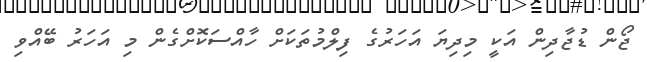
ޖޯން ޑުޖާދިން އަކީ މިދިޔަ އަހަރުގެ ފިލްމުތަކަށް ހާއްސަކޮށްގެން މި އަހަރު ބޭއްވި